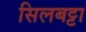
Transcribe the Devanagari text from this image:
सिलबट्टा